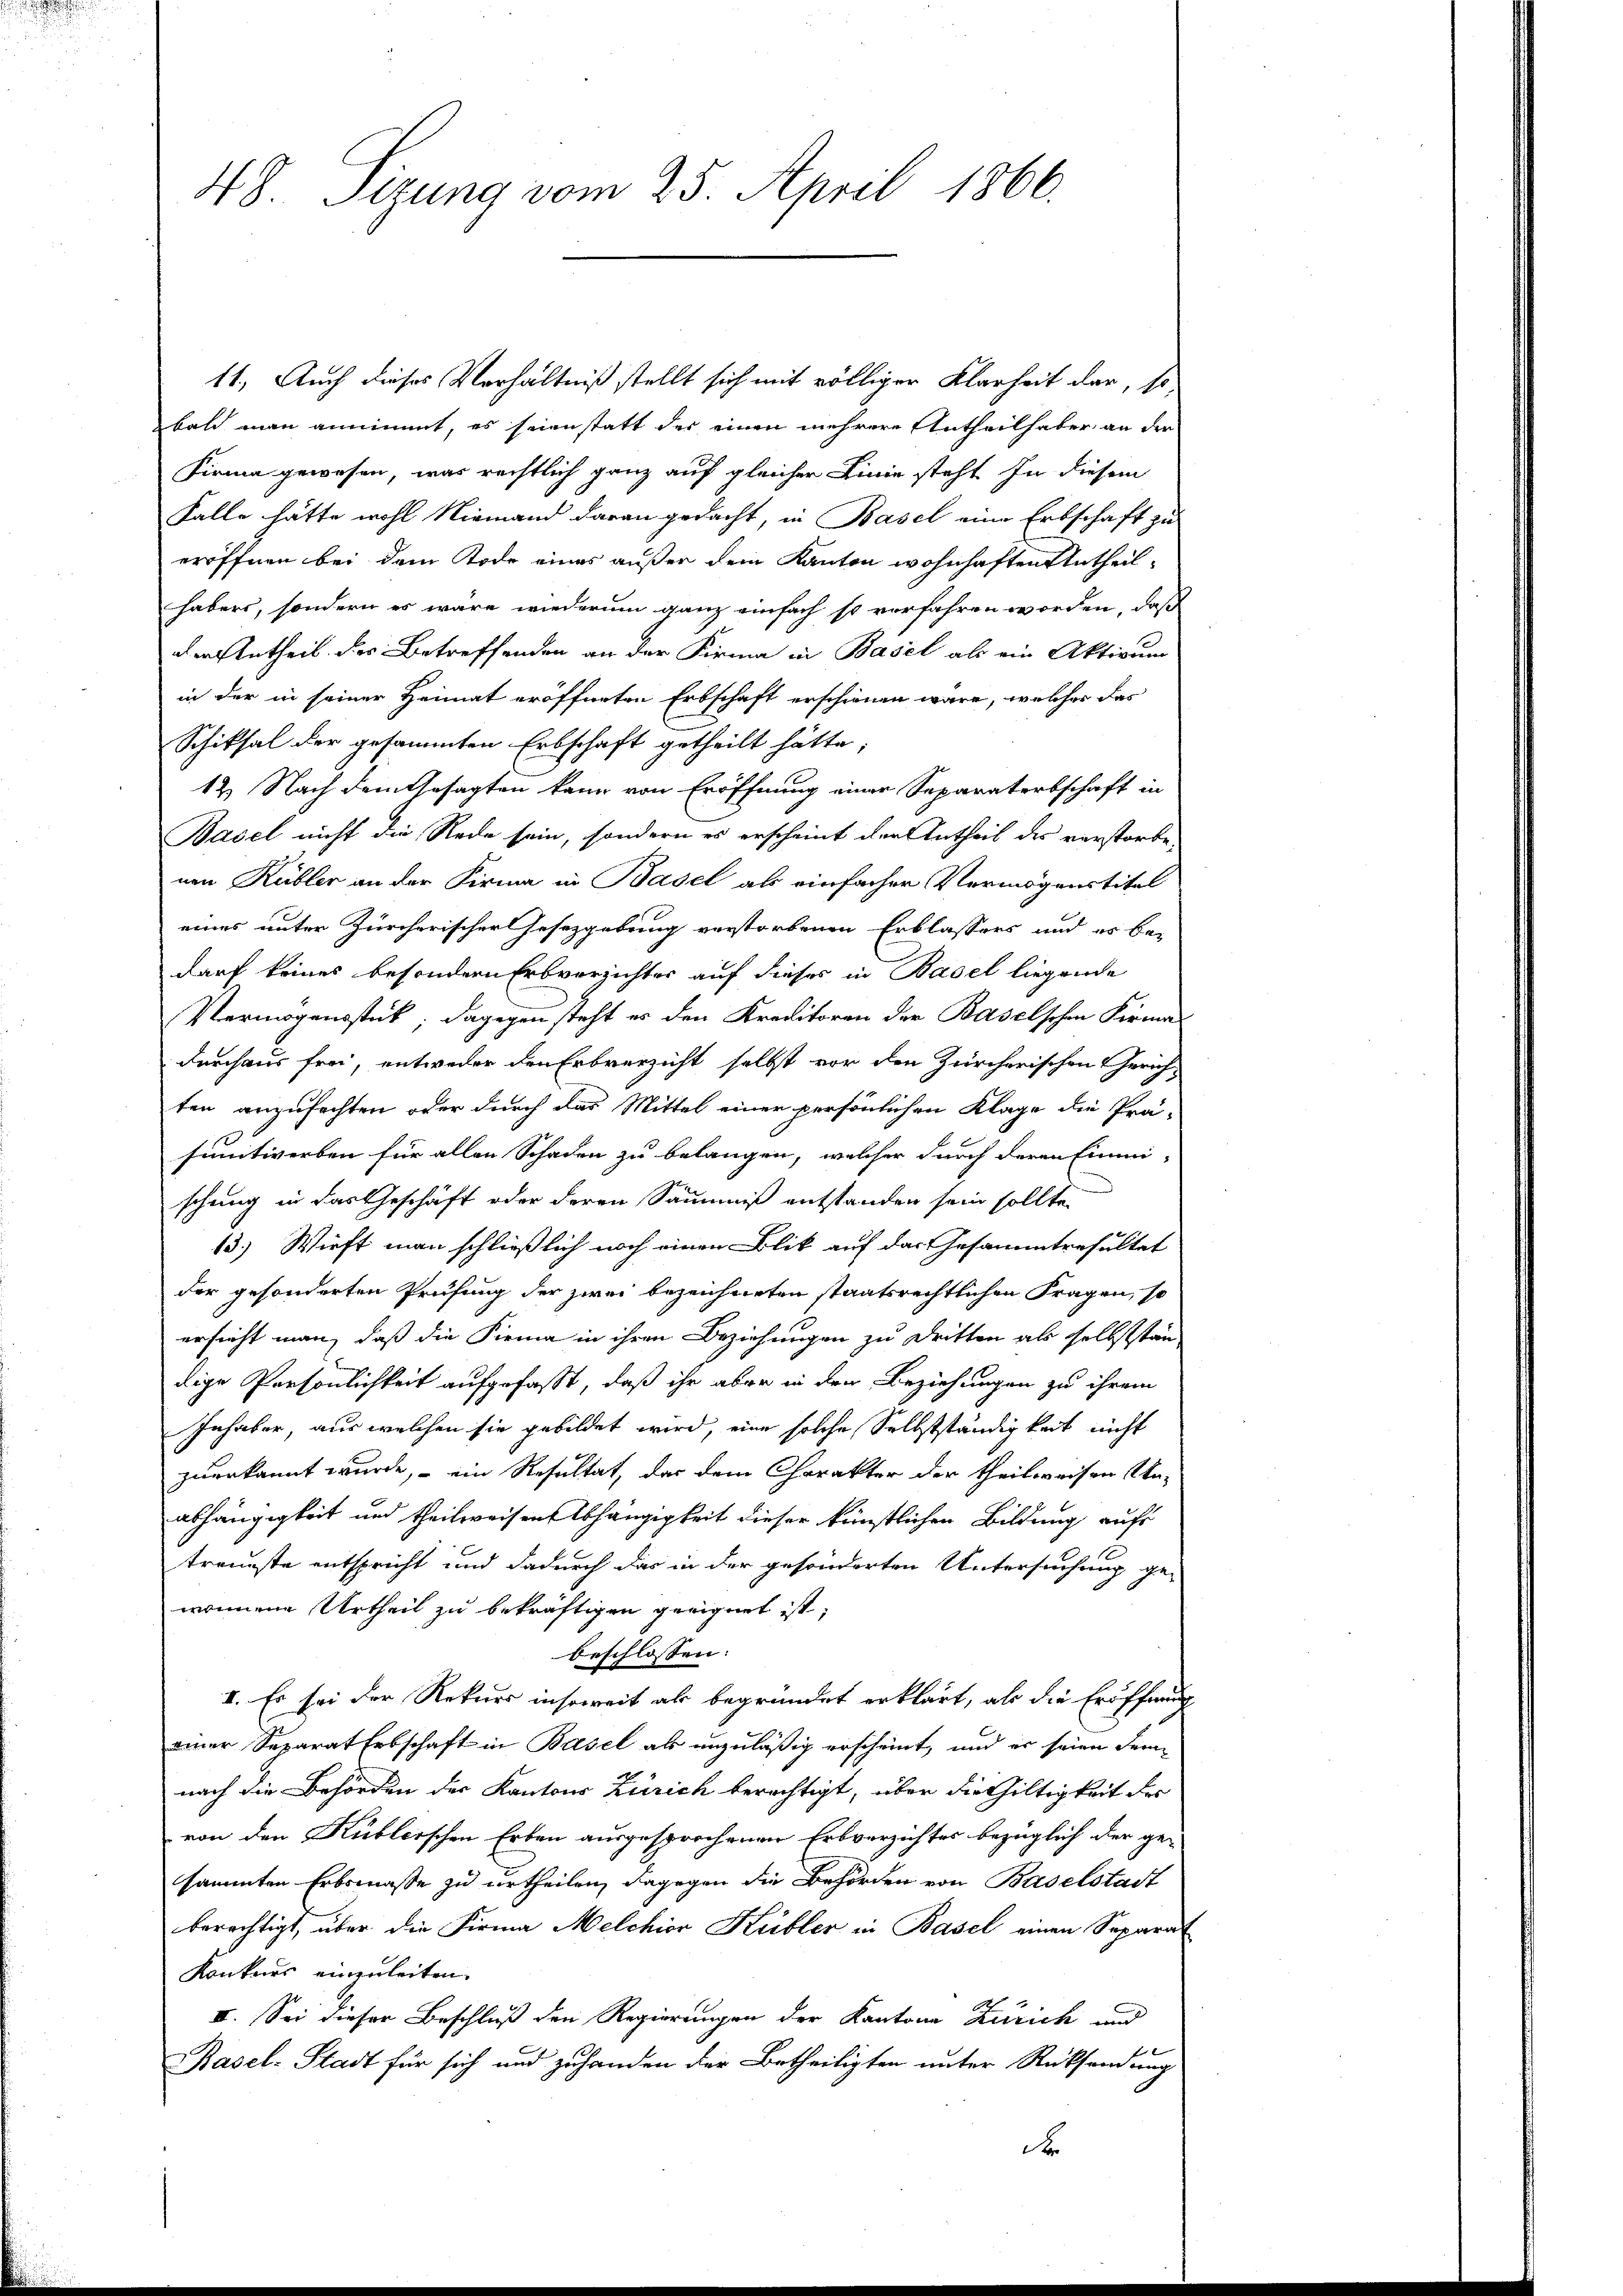
48 Sizung vom 25. April 1866.

11. Auch dieses Verhältniß stellt sich mit völliger Klarheit dar, so
bald man annimmt, es seienstatt des einen mehrere Antheilhaber an der
Firma gewesen, was rechtlich ganz auf gleicher Linie steht in diesem
Falle hätte wohl Niemand daran gedacht, in Basel eine Erbschaft zu
eröffnen bei dem Tode eines außer dem Kanton wohnhaften Antheilhabers, sondern es wäre wiederum ganz einfach so verfahren worden, daß
der Urtheil des Betreffenden an der Firma in Basel als ein Aktivumg
in der in seiner Heimat eröffneten Erbschaft erschienen wäre, welcher das
Schiksal der gesammten Erbschaft getheilt hätte,
12. Nach dem Gesagten kann von Eröffnung einer Separaterschaft in
Basel nicht die Rede sein, sondern es erscheint der Antheil des verstorbe
nen Kübler an der Firma in Basel als einfacher Vermögenstitel
eines unter Zürcherischer Gesetzgebung verstorbenen Erblassers und es be-
darf keines besondern Erbverzichter auf dieses in Basel liegende
Vermögensstück; dagegen steht es den Kreditoren der Baselschen Firma
durchaus frei, entweder den Erbverzicht selbst vor den Zürcherischen Gerich-
ten anzufechten oder durch das Mittel einer persönlichen Klage die Prä-
sumtiverben für allen Schaden zu belangen, welcher durch deren Einmi
schung in das Geschäft oder deren Säumniß entstanden sein sollte,
13.) Wirft man schließlich noch einen Blik auf das Gesammtresultat
der gesonderten Prüfung der zwei bezeichneten staatsrechtlichen Fragen, so
ersicht man, daß die Firma in ihren Beziehungen zu dritten als selbststän
dige Persönlichkeit aufgefaßt, daß ihr aber in den Beziehungen zu ihrem
Inhaber, aus welchen sie gebildet wird, eine solche Selbstständigkeit nicht
zuerkannt wurde, – ein Resultat, das dem Charakter der theilweisen Ka-
abhängigkeit und theilweisen Abhängigkeit dieser künstlichen Bildung auf
traunste entspricht und dadurch das in der gesonderten Untersuchung ge-
wönnene Urtheil zu bekräftigen geeignet ist,
beschlossen:
I. Es sei der Rekurs insoweit als begründet erklärt, als die Eröffnung
einer Separat Erbschaft in Basel als unzuläßig erscheint, und er seien denn
nach die Behörden der Kantons Zürich berechtigt, über die Giltigkeit des
von den Küblerschen Erben ausgesprochenen Erbverzichtes bezüglich der ge-
sammten Erbsmasse zu urtheilen, dagegen die Behörden von Baselstadt
berechtigt, über die Firma Melchior Kübler in Basel einen Separat
Konkurs einzuleiten.
II. Sei dieser Beschluß den Regierungen der Kantone Zürich und
Basel-Stadt für sich und zuhanden der Betheiligten unter Rücksendung
d